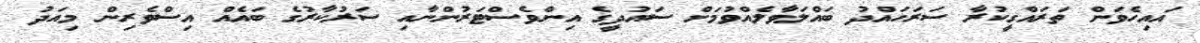
އައިހެވަން ތަރައްގީކުރާ ސަރަހައްދު ބައްލަވާލެއްވުމަށް ސައުދީގެ އިންވެސްޓަރުންނާއި ސަރުކާރުގެ ބައެއް އިސްވެރިން މިއަދު